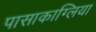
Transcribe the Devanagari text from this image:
पासाकाग्लिया